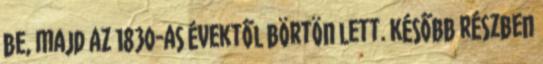
be, majd az 1830-as évektől börtön lett. Később részben